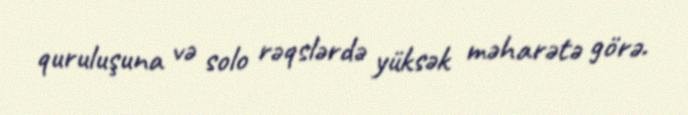
quruluşuna və solo rəqslərdə yüksək məharətə görə.